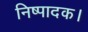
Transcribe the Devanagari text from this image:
निष्पादक।